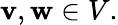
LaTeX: \mathbf{v},\mathbf{w}\in V.